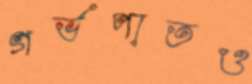
গর্ভপাতও